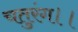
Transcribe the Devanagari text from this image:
चतुरंग।।